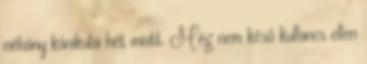
néhány kánikulai hét miatt. Még nem késő kullancs ellen